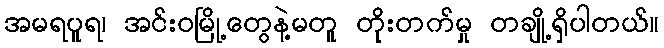
အမရပူရ၊ အင်းဝမြို့တွေနဲ့မတူ တိုးတက်မှု တချို့ရှိပါတယ်။